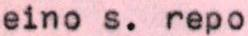
eino s. repo